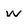
Character: w